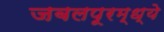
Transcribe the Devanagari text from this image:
जबलपूरम्ध्ये